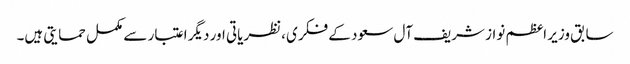
سابق وزیر اعظم نواز شریف آل سعود کے فکری ،نظریاتی اور دیگر اعتبار سے مکمل حمایتی ہیں۔